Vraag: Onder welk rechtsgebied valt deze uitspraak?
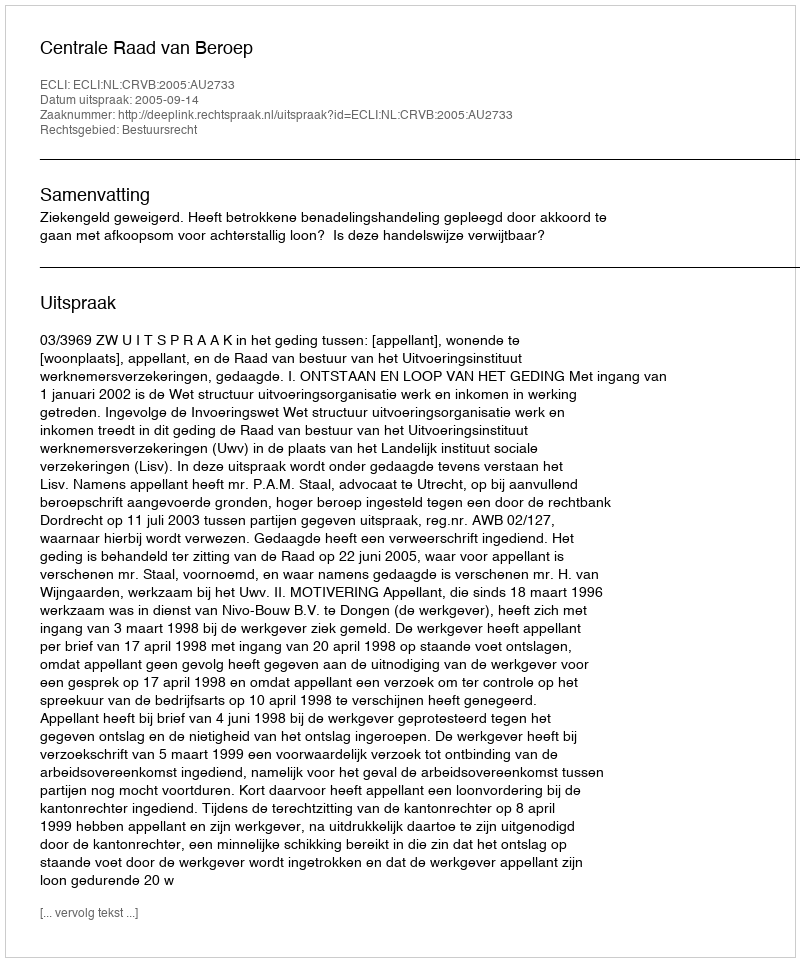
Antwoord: Bestuursrecht